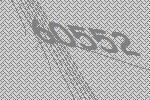
60552